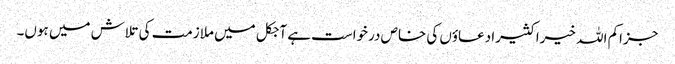
جزاکم اللہ خیرا کثیرا دعاؤں کی خاص درخواست ہے آجکل میں ملازمت کی تلاش میں ہوں۔